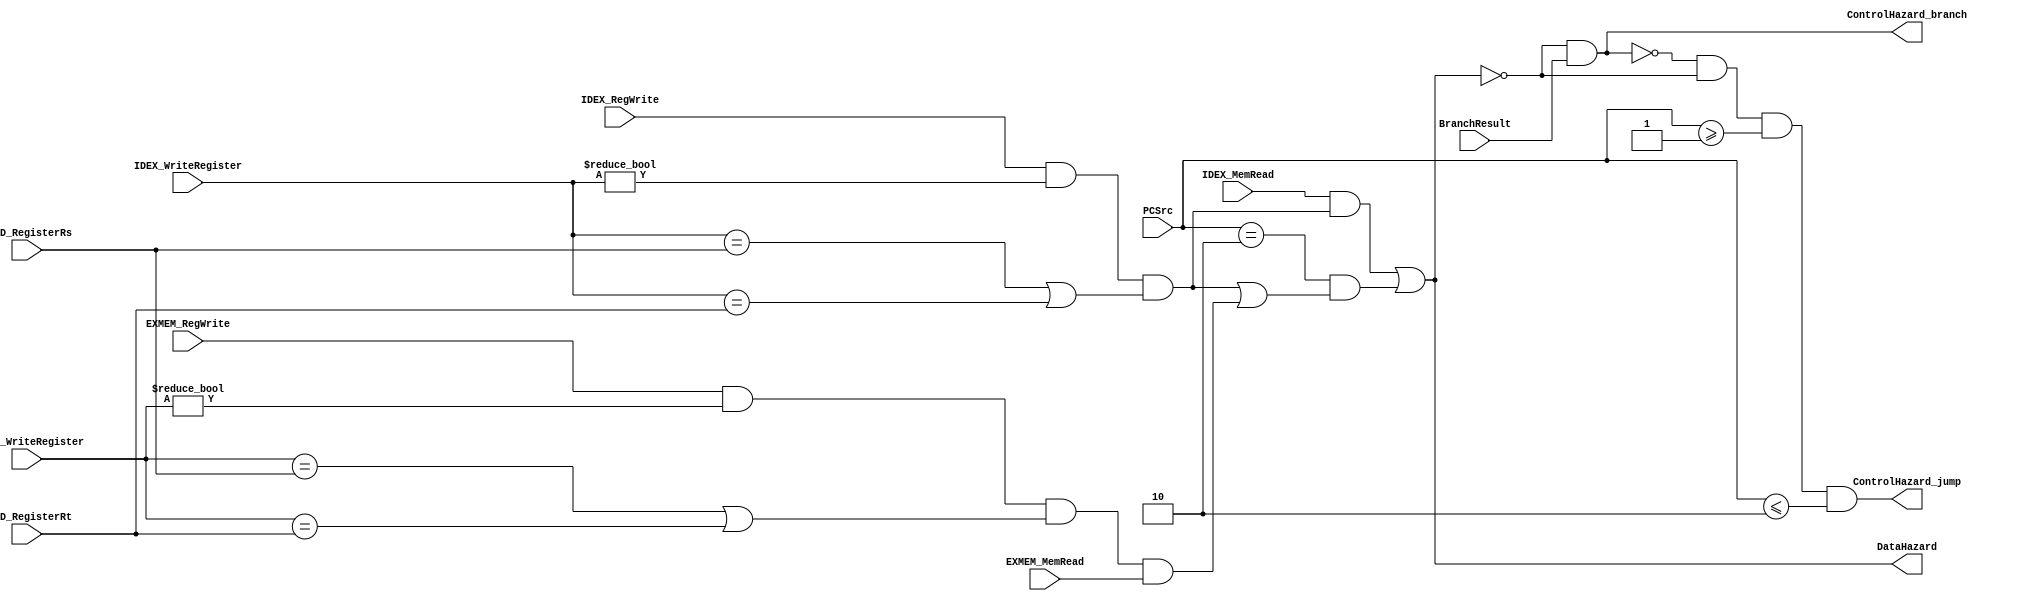
module HazardDetect(IFID_RegisterRs, IFID_RegisterRt, PCSrc, BranchResult, IDEX_RegWrite, IDEX_WriteRegister, 
                    IDEX_MemRead, EXMEM_RegWrite, EXMEM_WriteRegister, EXMEM_MemRead, DataHazard, ControlHazard_jump, ControlHazard_branch);
    input [4:0] IFID_RegisterRs;
    input [4:0] IFID_RegisterRt;
    input [2:0] PCSrc;
    input BranchResult;
    input IDEX_RegWrite;
    input [4:0] IDEX_WriteRegister;
    input IDEX_MemRead;
    input EXMEM_RegWrite;
    input [4:0] EXMEM_WriteRegister;
    input EXMEM_MemRead;
    output DataHazard;
    output ControlHazard_jump;
    output ControlHazard_branch;
    //DataHazard
    wire correlation_1;
    wire correlation_2;
    assign correlation_1 = (IDEX_RegWrite) && (IDEX_WriteRegister != 5'd0) && (IDEX_WriteRegister == IFID_RegisterRs || IDEX_WriteRegister ==IFID_RegisterRt);
    assign correlation_2 = (EXMEM_RegWrite) && (EXMEM_WriteRegister != 5'd0) &&(EXMEM_WriteRegister == IFID_RegisterRs || EXMEM_WriteRegister == IFID_RegisterRt);
    wire DataHazard_lw, DataHazard_jr, DataHazard;
    assign DataHazard_lw = IDEX_MemRead && correlation_1; //load-use
    assign DataHazard_jr = (PCSrc == 3'b010) && (correlation_1 || (correlation_2 && EXMEM_MemRead)); //load-jr, load-?-jr, $-jr
    assign DataHazard = DataHazard_lw || DataHazard_jr;
    //ControlHazard
    wire ControlHazard_jump, ControlHazard_branch;
    assign ControlHazard_branch = (DataHazard == 1'b0) && BranchResult;    
    assign ControlHazard_jump = (!ControlHazard_branch) && (DataHazard == 1'b0) && (PCSrc >= 3'b001) && (PCSrc <= 3'b010);
    
endmodule